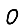
Digit: 0